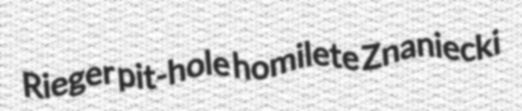
Rieger pit-hole homilete Znaniecki